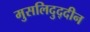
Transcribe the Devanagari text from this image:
मुसलिदुद्दीन